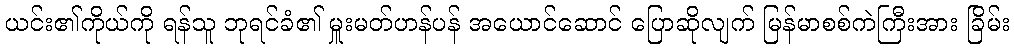
ယင်း၏ကိုယ်ကို ရန်သူ ဘုရင်ခံ၏ မှူးမတ်ဟန်ပန် အယောင်ဆောင် ပြောဆိုလျက် မြန်မာစစ်ကဲကြီးအား ခြိမ်း